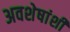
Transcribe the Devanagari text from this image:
अवशेषांशी